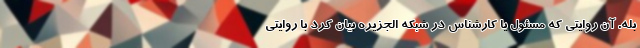
بله. آن روایتی که مسئول یا کارشناس در شبکه الجزیره بیان کرد با روایتی